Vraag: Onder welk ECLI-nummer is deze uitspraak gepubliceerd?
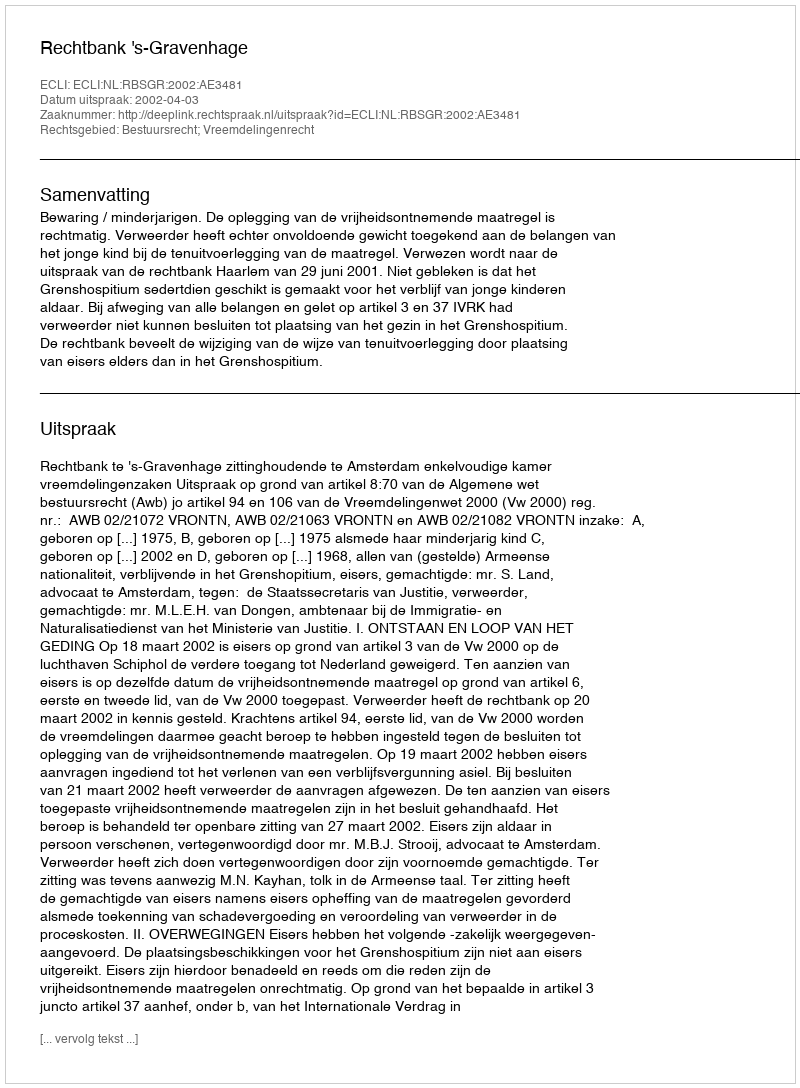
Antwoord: ECLI:NL:RBSGR:2002:AE3481